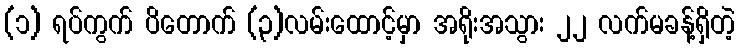
(၁) ရပ်ကွက် ပိတောက် (၃)လမ်းထောင့်မှာ အရိုးအသွား ၂၂ လက်မခန့်ရှိတဲ့